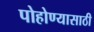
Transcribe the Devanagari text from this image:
पोहोण्यासाठी